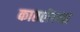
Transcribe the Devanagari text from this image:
कातलेल्या